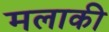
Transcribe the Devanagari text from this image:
मलाकी